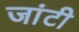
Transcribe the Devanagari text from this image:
जांटी